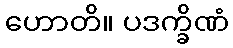
ဟောတိ။ ပဒက္ခိဏံ